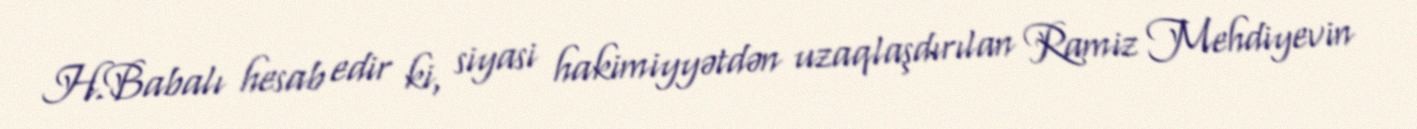
H.Babalı hesab edir ki, siyasi hakimiyyətdən uzaqlaşdırılan Ramiz Mehdiyevin